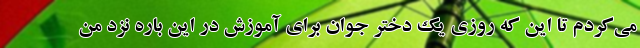
می‌کردم تا این که روزی یک دختر جوان برای آموزش در این باره نزد من